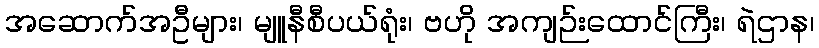
အဆောက်အဦများ၊ မျူနီစီပယ်ရုံး၊ ဗဟို အကျဉ်းထောင်ကြီး၊ ရဲဌာန၊